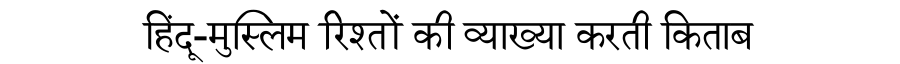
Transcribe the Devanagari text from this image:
हिंदू-मुस्लिम रिश्तों की व्याख्या करती किताब